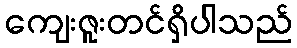
ကျေးဇူးတင်ရှိပါသည်